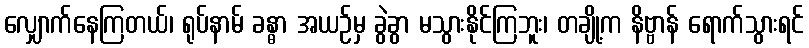
လျှောက်နေကြတယ်၊ ရုပ်နာမ် ခန္ဓာ အယဉ်မှ ခွဲခွာ မသွားနိုင်ကြဘူး၊ တချို့က နိဗ္ဗာန် ရောက်သွားရင်